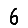
Digit: 6